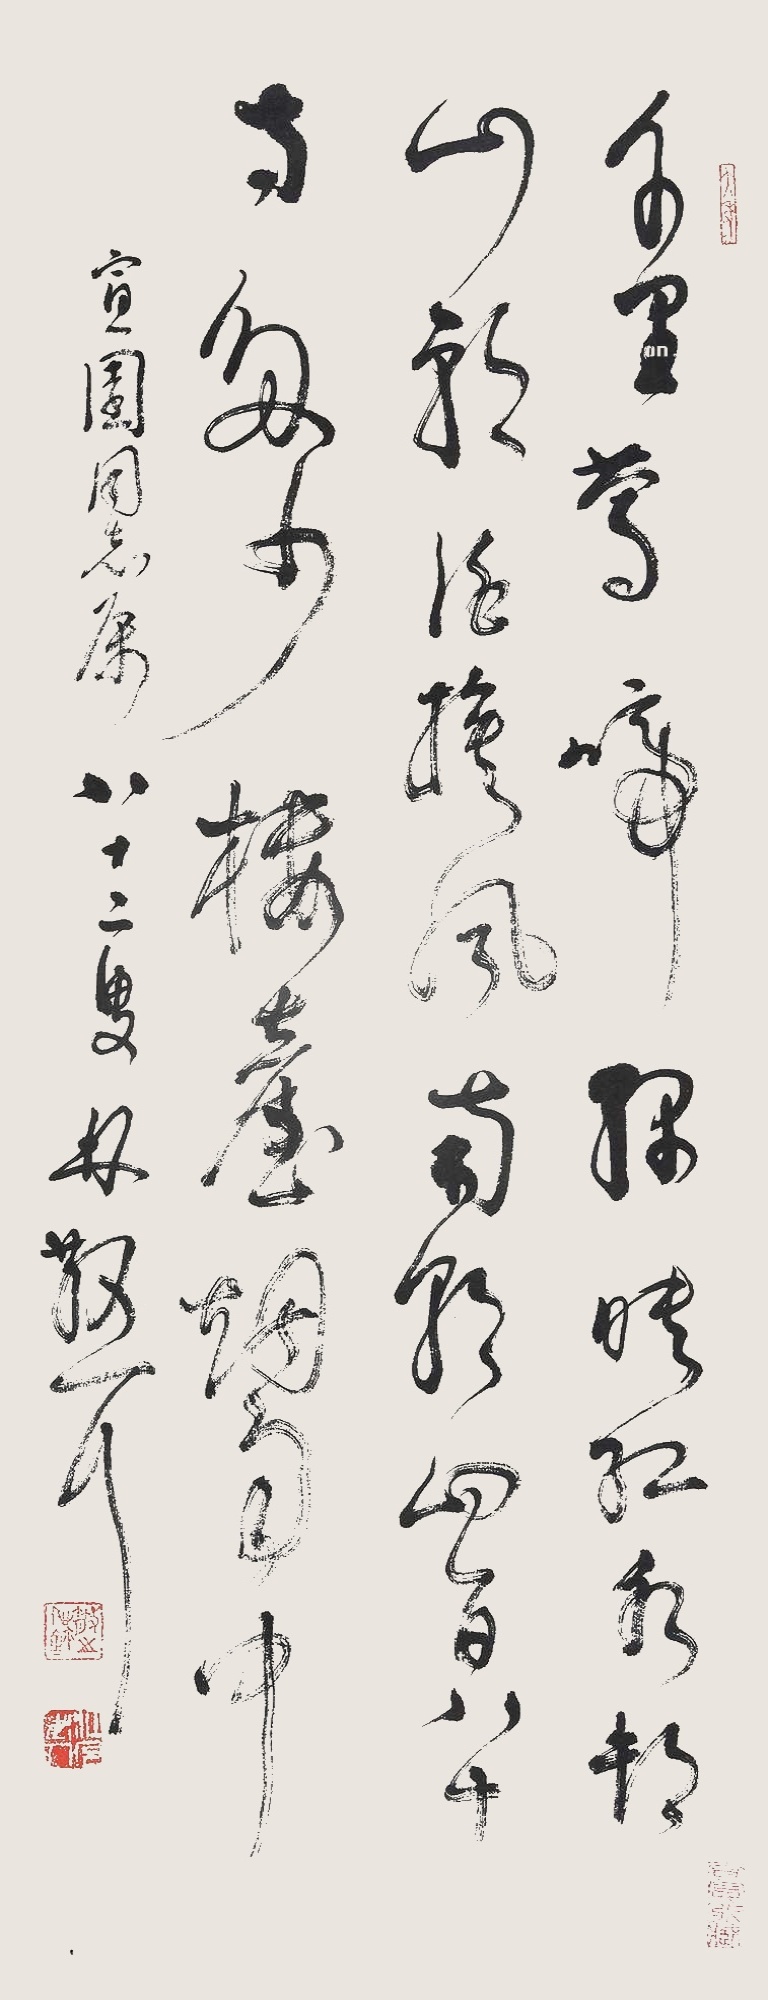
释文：千里莺啼绿映红，水村山郭酒旗风。南朝四百八十寺，多少楼台烟雨中。宣圆同志属，八十二叟林散耳。